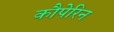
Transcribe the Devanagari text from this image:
कौपेरिन